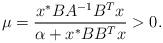
LaTeX: \begin{align*}\mu=\frac{x^*BA^{-1}B^T x}{\alpha +x^*BB^T x }>0.\end{align*}